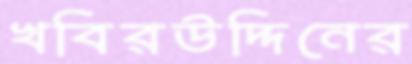
খবিরউদ্দিনের